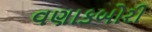
વણાકબોરી